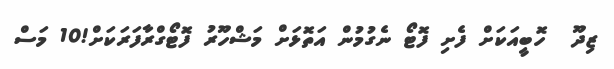
ޒިދޫ  ހޮބީއަކަށް ފެށި ފޮޓޯ ނެގުމުން އަތޮޅަށް މަޝްހޫރު ފޮޓޯގްރާފަރަކަށް!10 މަސް